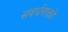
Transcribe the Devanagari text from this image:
संवर्धनाकडे